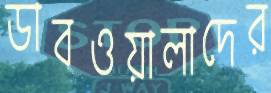
ডাবওয়ালাদের